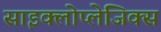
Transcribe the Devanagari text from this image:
साइक्लोप्लेजिक्स